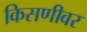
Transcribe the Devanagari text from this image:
किसणीवर